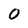
Character: 0